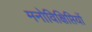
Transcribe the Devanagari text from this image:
मनोविक्षिप्तियों